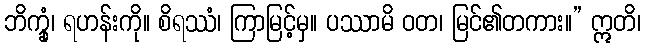
ဘိက္ခုံ၊ ရဟန်းကို။ စိရဿံ၊ ကြာမြင့်မှ။ ပဿာမိ ဝတ၊ မြင်၏တကား။” ဣတိ၊